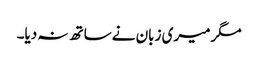
مگرمیری زبان نےساتھ نہ دیا۔